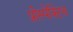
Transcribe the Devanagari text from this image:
प्रोस्पेक्टिव